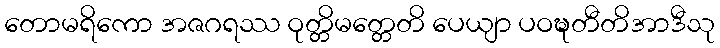
တောမရိကော အဇဂရဿ ဝုတ္တိမတ္တေတိ ပေယျာ ပဝဍ္ဎတီတိအာဒီသု